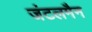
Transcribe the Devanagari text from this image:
जंटलमैन